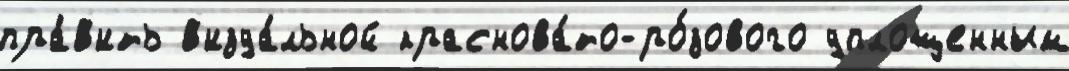
пра́в'ить в'изуа́льной краснова́то-ро́зового уплощенным